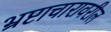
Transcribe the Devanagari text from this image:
भ्रष्टाचारावरील